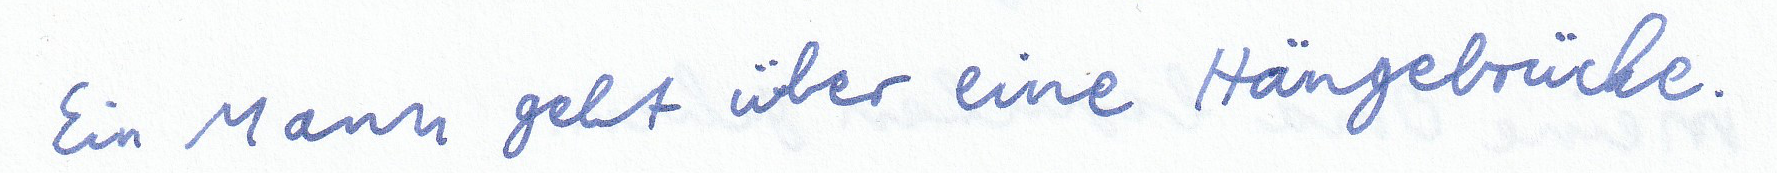
Ein Mann geht über eine Hängebrücke.